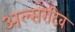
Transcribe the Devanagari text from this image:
अल्सरेटिव